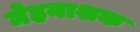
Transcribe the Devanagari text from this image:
मेहनाशक